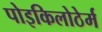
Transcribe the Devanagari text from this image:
पोइकिलोठेर्म